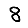
Digit: 8